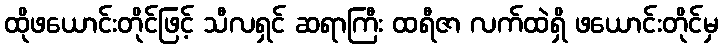
ထိုဖယောင်းတိုင်ဖြင့် သီလရှင် ဆရာကြီး ထရီဇာ လက်ထဲရှိ ဖယောင်းတိုင်မှ